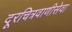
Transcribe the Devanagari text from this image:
दूरचित्रवाणीसेवा